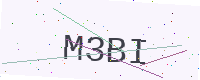
Text: M3BI